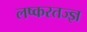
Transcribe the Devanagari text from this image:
लष्करतज्ज्ञ